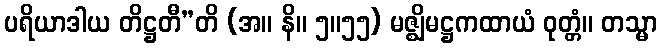
ပရိယာဒါယ တိဋ္ဌတီ”တိ (အ။ နိ။ ၅။၅၅) မဇ္ဈိမဋ္ဌကထာယံ ဝုတ္တံ။ တသ္မာ